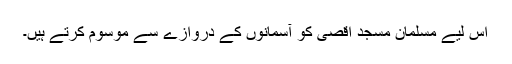
اس لیے مسلمان مسجد اقصیٰ کو آسمانوں کے دروازے سے موسوم کرتے ہیں۔